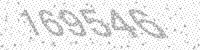
Solution: 169546